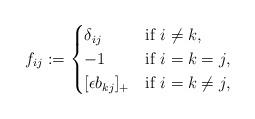
LaTeX: \begin{align*} f_{ij}:=\begin{cases} \delta_{ij} & \mbox{if $i \neq k$},\\ -1 & \mbox{if $i=k=j$},\\ [\epsilon b_{kj}]_+ & \mbox{if $i=k \neq j$}, \end{cases}\end{align*}